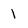
Character: 1